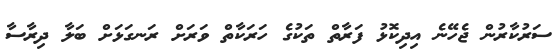
ސަރުކާރުން ޖެހޭނެ އިދިކޮޅު ފަރާތް ތަކުގެ ހަރަކާތް ވަރަށް ރަނގަޅަށް ބަލާ ދިރާސާ